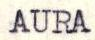
AURA